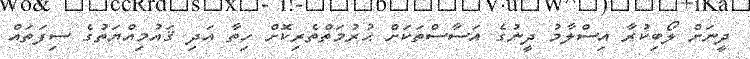
ދީނަށް ލޯބިކުރާ އިސްލާމު ދީނުގެ އަސާސްތަކަށް ޙުރުމަތްތެރިކޮށް ހިތާ އަދި ޤައުމިއްޔަތުގެ ސިފަތައް